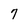
Character: 7